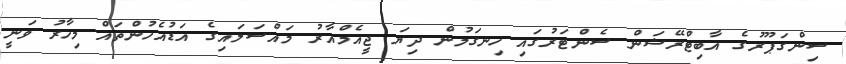
ސިންގަޕޫރުގެ އާބިޓްރޭޝަން ސެންޓަރުގައި ހިނގަމުން ދިޔަ ޖީއެމްއާރު މައްސަލައިގެ އަޑުއެހުންތައް މިހާރު ވަނީ